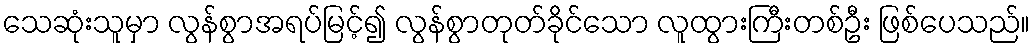
သေဆုံးသူမှာ လွန်စွာအရပ်မြင့်၍ လွန်စွာတုတ်ခိုင်သော လူထွားကြီးတစ်ဦး ဖြစ်ပေသည်။